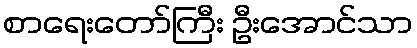
စာရေးတော်ကြီး ဦးအောင်သာ